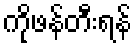
ကိုဖန်တီးရန်